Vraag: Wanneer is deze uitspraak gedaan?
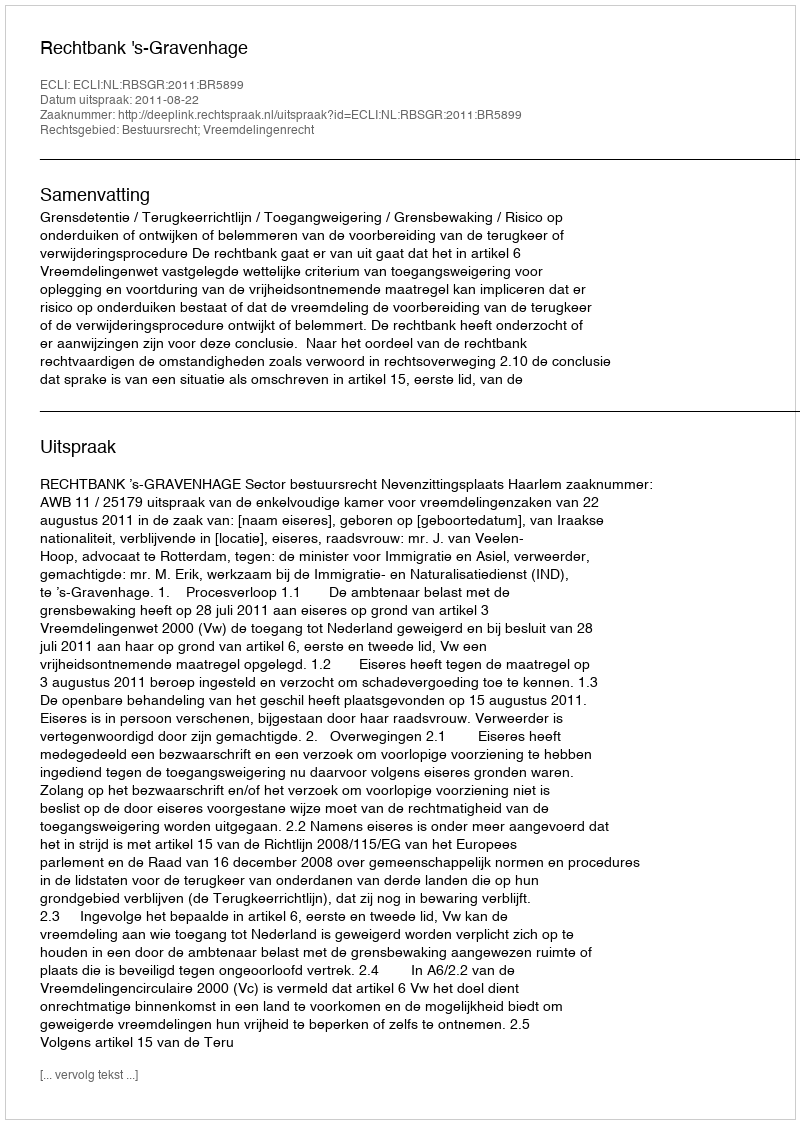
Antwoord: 2011-08-22